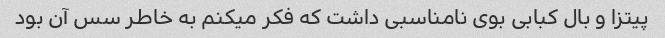
پیتزا و بال کبابی بوی نامناسبی داشت که فکر میکنم به خاطر سس آن بود